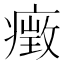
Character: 㿂